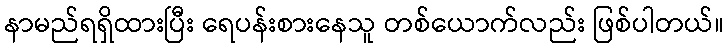
နာမည်ရရှိထားပြီး ရေပန်းစားနေသူ တစ်ယောက်လည်း ဖြစ်ပါတယ်။